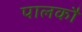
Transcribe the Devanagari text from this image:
पालकौं